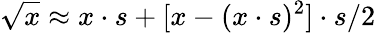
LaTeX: \sqrt{x}\approx x\cdot s+[x-(x\cdot s)^{2}]\cdot s/2